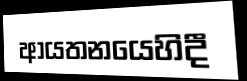
ආයතනයෙහිදී